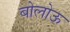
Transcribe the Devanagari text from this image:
बोलोऊ